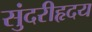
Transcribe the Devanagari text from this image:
सुंदरीहृदय